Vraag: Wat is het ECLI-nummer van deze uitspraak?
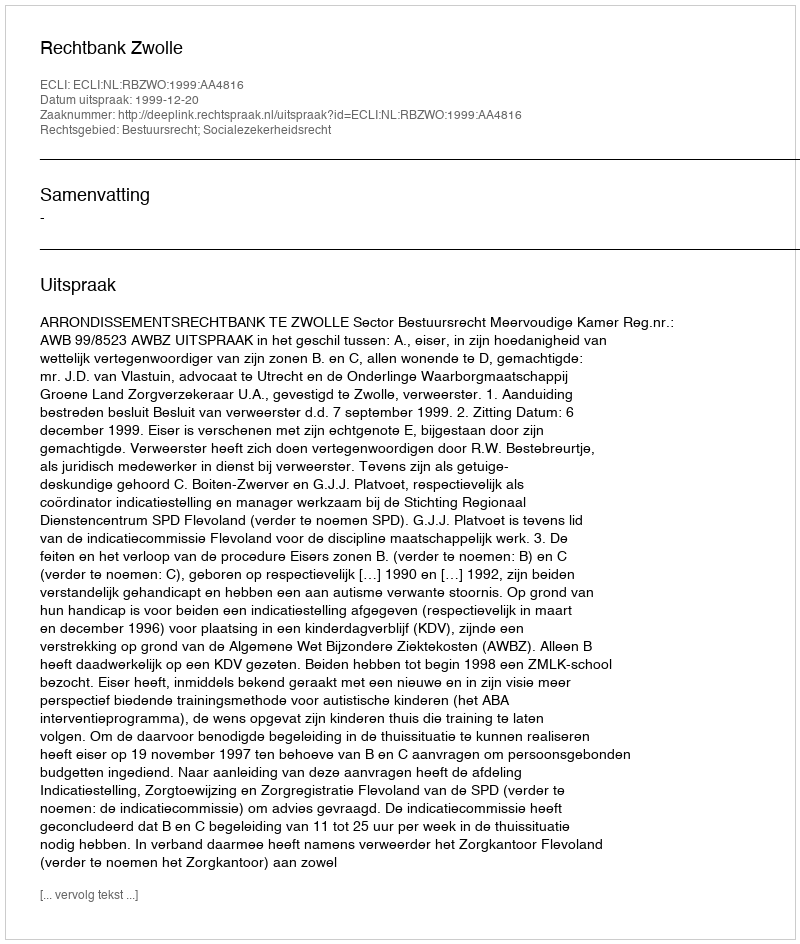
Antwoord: ECLI:NL:RBZWO:1999:AA4816